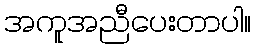
အကူအညီပေးတာပါ။